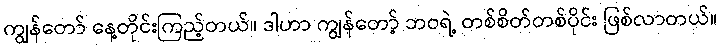
ကျွန်တော် နေ့တိုင်းကြည့်တယ်။ ဒါဟာ ကျွန်တော့် ဘဝရဲ့ တစ်စိတ်တစ်ပိုင်း ဖြစ်လာတယ်။